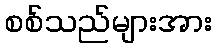
စစ်သည်များအား